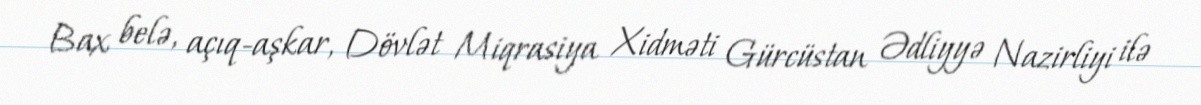
Bax belə, açıq-aşkar, Dövlət Miqrasiya Xidməti Gürcüstan Ədliyyə Nazirliyi ilə